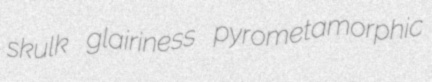
skulk glairiness pyrometamorphic